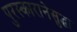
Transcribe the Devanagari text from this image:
पुरस्कारानेसुद्धा